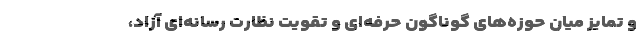
و تمایز میان حوزه‌های گوناگون حرفه‌ای و تقویت نظارت رسانه‌ای آزاد،